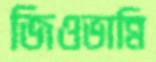
জিওভান্নি